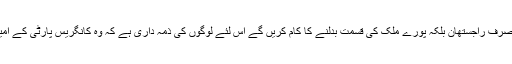
انہوں نے کہا کہ موجودہ اسمبلی انتخابات نہ صرف راجستھان بلکہ پورے ملک کی قسمت بدلنے کا کام کریں گے اس لئے لوگوں کی ذمہ داری ہے کہ وہ کانگریس پارٹی کے امیدواروں کو بڑی اکثریت سے کامیاب بنائے ۔